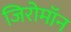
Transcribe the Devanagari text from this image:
जिरोमॉन